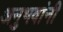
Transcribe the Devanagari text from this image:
अनुभवांनी